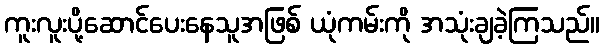
ကူးလူးပို့ဆောင်ပေးနေသူအဖြစ် ယုံကမ်းကို အသုံးချခဲ့ကြသည်။